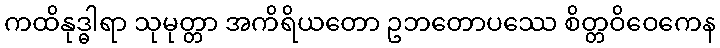
ကထိနုဒ္ဓါရာ သုမုတ္တာ အကိရိယတော ဥဘတောပဿေ စိတ္တဝိဝေကေန